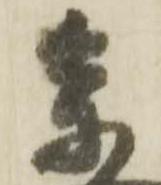
参